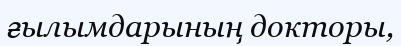
ғылымдарының докторы,